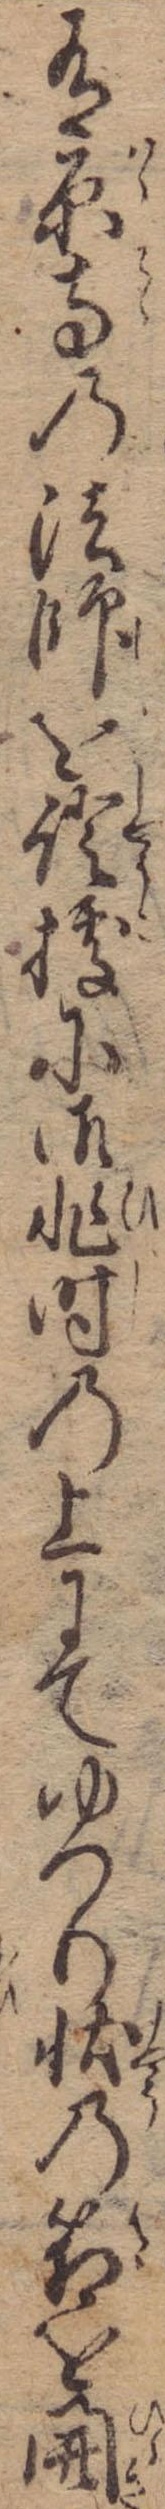
有原寺の法師を証拠に御非時の上にてゆつり状の箱を開